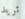
تريد